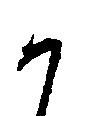
か